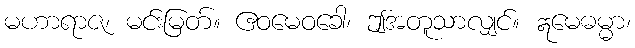
မဟာရာဇ၊ မင်းမြတ်။ ဧဝမေဝခေါ၊ ဤအတူသာလျှင်။ ဣမေဓမ္မာ၊